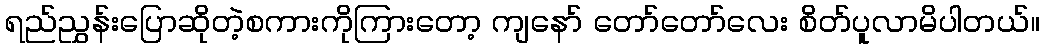
ရည်ညွှန်းပြောဆိုတဲ့စကားကိုကြားတော့ ကျနော် တော်တော်လေး စိတ်ပူလာမိပါတယ်။